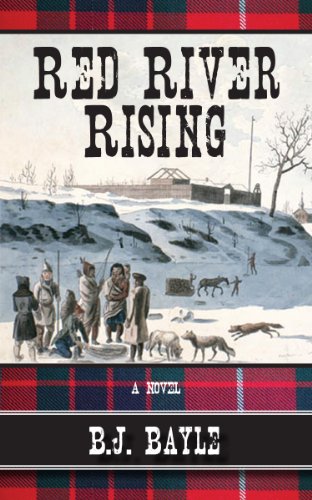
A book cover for Red River Rising; B.J. Bayle; Teen & Young Adult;